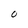
Character: O